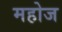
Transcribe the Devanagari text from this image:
महोज